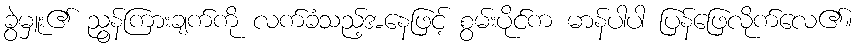
ခွဲမှူး၏ ညွန်ကြားချက်ကို လက်ခံသည့်အနေဖြင့် စွမ်းပိုင်က မာန်ပါပါ ပြန်ဖြေလိုက်လေ၏။